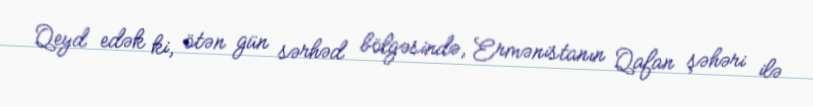
Qeyd edək ki, ötən gün sərhəd bölgəsində, Ermənistanın Qafan şəhəri ilə